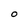
Character: O